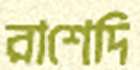
রাশেদি